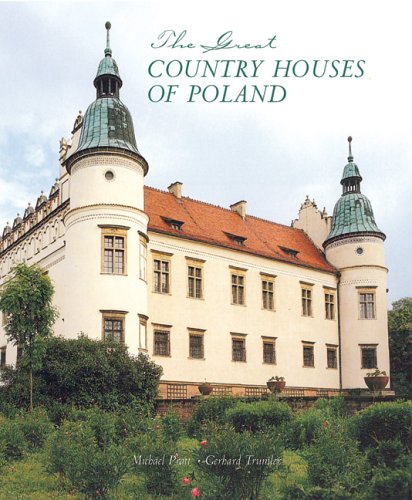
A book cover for The Great Country Houses of Poland; Michael Pratt; Travel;